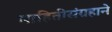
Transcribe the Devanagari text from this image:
माहितीसंग्रहाने